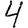
Digit: 4